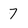
Character: 7